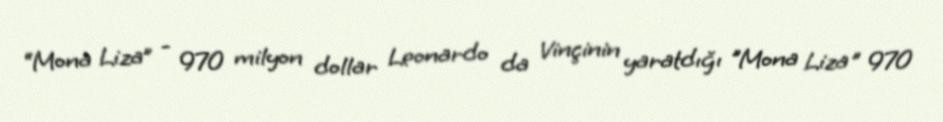
“Mona Liza” - 970 milyon dollar Leonardo da Vinçinin yaratdığı "Mona Liza" 970